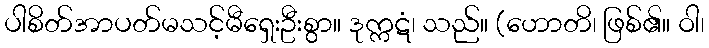
ပါစိတ်အာပတ်မသင့်မီရှေးဦးစွာ။ ဒုက္ကဋံ၊ သည်။ (ဟောတိ၊ ဖြစ်၏။ ဝါ၊